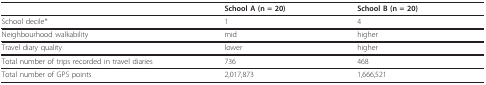
<table><thead><tr><td></td><td><b>School A (n = 20)</b></td><td><b>School B (n = 20)</b></td></tr></thead><tbody><tr><td>School decile*</td><td>1</td><td>4</td></tr><tr><td>Neighbourhood walkability</td><td>mid</td><td>higher</td></tr><tr><td>Travel diary quality</td><td>lower</td><td>higher</td></tr><tr><td>Total number of trips recorded in travel diaries</td><td>736</td><td>468</td></tr><tr><td>Total number of GPS points</td><td>2,017,873</td><td>1,666,521</td></tr></tbody></table>